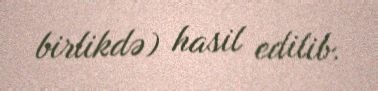
birlikdə) hasil edilib.